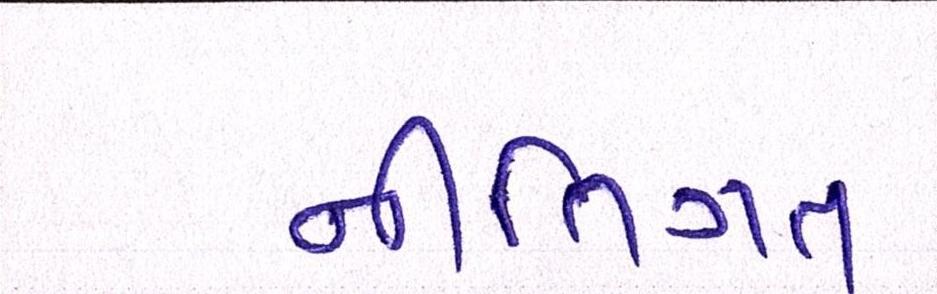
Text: નીતિગત